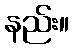
နည်း။